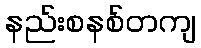
နည်းစနစ်တကျ